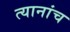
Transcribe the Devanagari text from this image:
त्यानांच